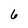
Character: 6